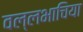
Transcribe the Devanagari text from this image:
वल्लभाचिया